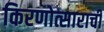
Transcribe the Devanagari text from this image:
किरणोत्साराची